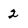
Character: 2